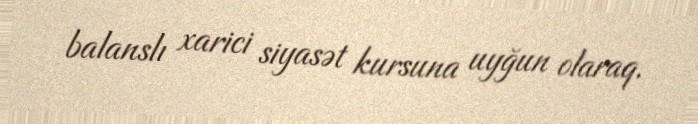
balanslı xarici siyasət kursuna uyğun olaraq.